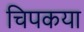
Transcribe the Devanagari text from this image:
चिपकया